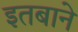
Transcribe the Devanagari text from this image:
इतबाने